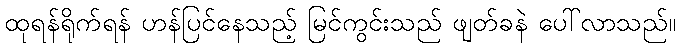
ထုရန်ရိုက်ရန် ဟန်ပြင်နေသည့် မြင်ကွင်းသည် ဖျတ်ခနဲ ပေါ်လာသည်။